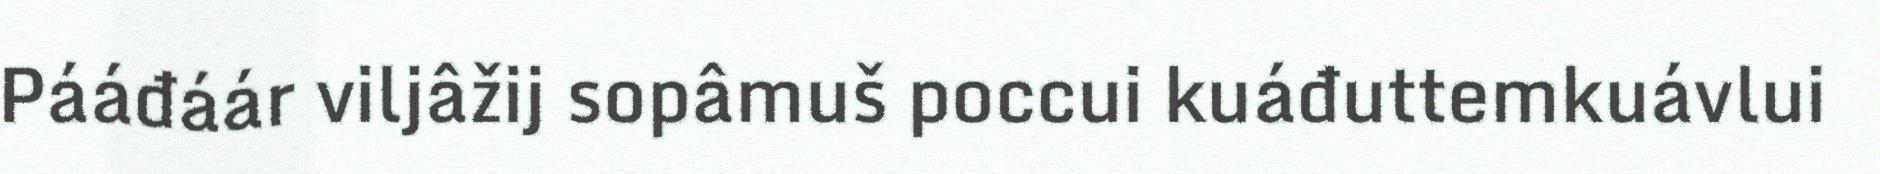
Pááđáár viljâžij sopâmuš poccui kuáđuttemkuávlui